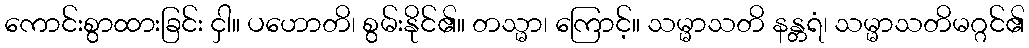
ကောင်းစွာထားခြင်း ငှါ။ ပဟောတိ၊ စွမ်းနိုင်၏။ တသ္မာ၊ ကြောင့်။ သမ္မာသတိ နန္တရံ၊ သမ္မာသတိမဂ္ဂင်၏